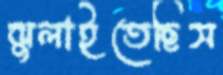
ঝুলাইতেছিস